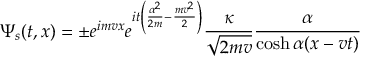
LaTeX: \Psi _ { s } ( t , x ) = \pm e ^ { i m v x } e ^ { i t \left( \frac { \alpha ^ { 2 } } { 2 m } - \frac { m v ^ { 2 } } { 2 } \right) } \frac { \kappa } { \sqrt { 2 m v } } \frac { \alpha } { \cosh \alpha ( x - v t ) }